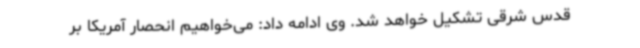
قدس شرقی تشکیل خواهد شد. وی ادامه داد: می‌خواهیم انحصار آمریکا بر